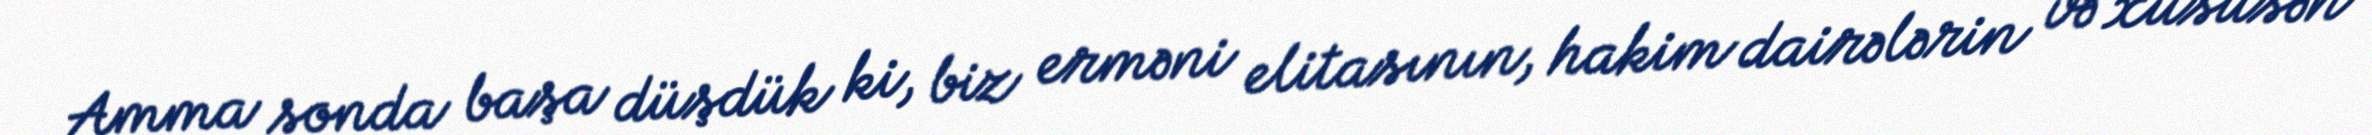
Amma sonda başa düşdük ki, biz erməni elitasının, hakim dairələrin və xüsusən